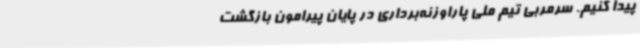
پیدا کنیم. سرمربی تیم ملی پاراوزنه‌برداری در پایان پیرامون بازگشت